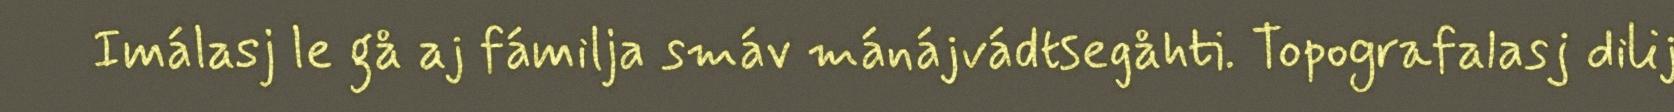
Imálasj le gå aj fámilja smáv mánájvádtsegåhti. Topografalasj dilij